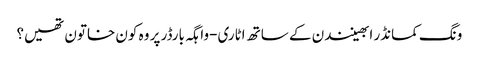
ونگ کمانڈر ابھینندن کے ساتھ اٹاری-واہگہ بارڈر پر وہ کون خاتون تھیں؟